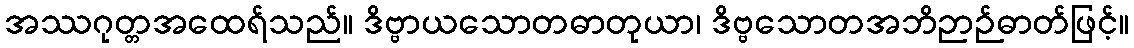
အဿဂုတ္တအထေရ်သည်။ ဒိဗ္ဗာယသောတဓာတုယာ၊ ဒိဗ္ဗသောတအဘိဉာဉ်ဓာတ်ဖြင့်။